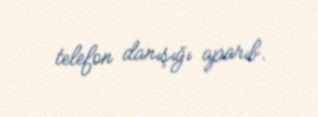
telefon danışığı aparıb.